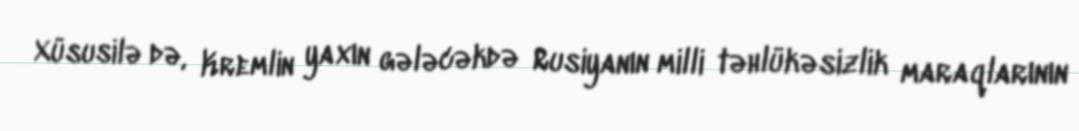
Xüsusilə də, Kremlin yaxın gələcəkdə Rusiyanın milli təhlükəsizlik maraqlarının